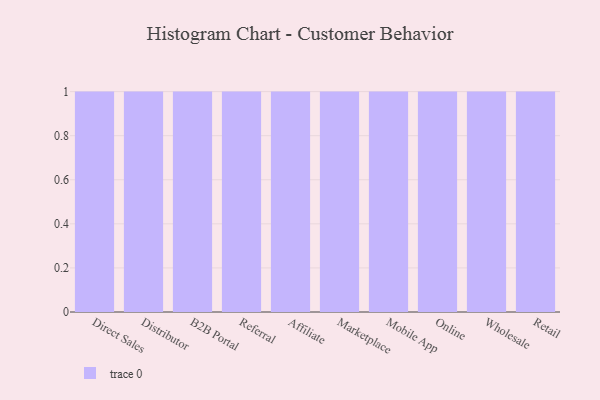
{"axis": {"x": "Channel", "y": "Tickets Resolved"}, "legend": [""], "data": [{"x": "Direct Sales", "y": 75, "type": ""}, {"x": "Distributor", "y": 22, "type": ""}, {"x": "B2B Portal", "y": 31, "type": ""}, {"x": "Referral", "y": 57, "type": ""}, {"x": "Affiliate", "y": 59, "type": ""}, {"x": "Marketplace", "y": 35, "type": ""}, {"x": "Mobile App", "y": 52, "type": ""}, {"x": "Online", "y": 98, "type": ""}, {"x": "Wholesale", "y": 96, "type": ""}, {"x": "Retail", "y": 94, "type": ""}]}